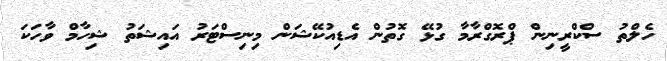
ހެލްތު ސްކްރީނިން ޕްރޮގްރާމާ ގުޅޭ ގޮތުން އެޑިއުކޭޝަން މިނިސްޓަރު އައިޝަތު ޝިހާމް ވާހަކަ